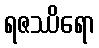
ရဇဿိရော